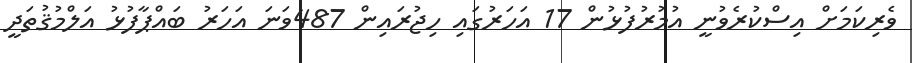
ވެރިކަމަށް އިސްކުރެވުނީ އުމުރުފުޅުން 17 އަހަރުގައި ހިޖުރައިން 487ވަނަ އަހަރު ބައްޕާފުޅު އަލްމުޤުތަދީ